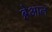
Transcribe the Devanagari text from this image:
ब्रेआल